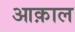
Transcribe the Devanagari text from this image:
आक़ाल